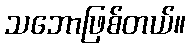
သဘောဖြစ်တယ်။